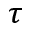
\tau